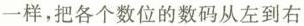
一样，把各个数位的数码从左到右